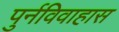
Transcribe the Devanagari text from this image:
पुर्नविवाहास